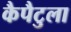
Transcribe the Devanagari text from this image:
कैपैटुला